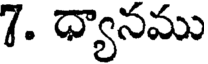
7. ధ్యానము